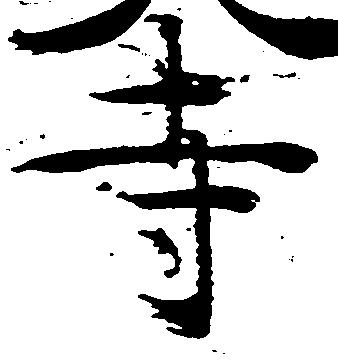
寺